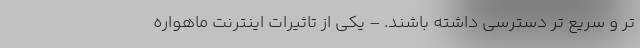
تر و سریع تر دسترسی داشته باشند. – یکی از تاثیرات اینترنت ماهواره